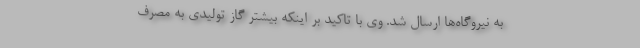
به نیروگاه‌ها ارسال شد. وی با تاکید بر اینکه بیشتر گاز تولیدی به مصرف